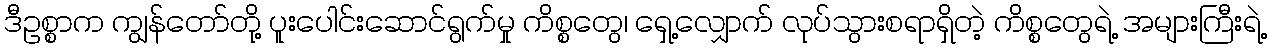
ဒီဥစ္စာက ကျွန်တော်တို့ ပူးပေါင်းဆောင်ရွက်မှု ကိစ္စတွေ၊ ရှေ့လျှောက် လုပ်သွားစရာရှိတဲ့ ကိစ္စတွေရဲ့ အများကြီးရဲ့